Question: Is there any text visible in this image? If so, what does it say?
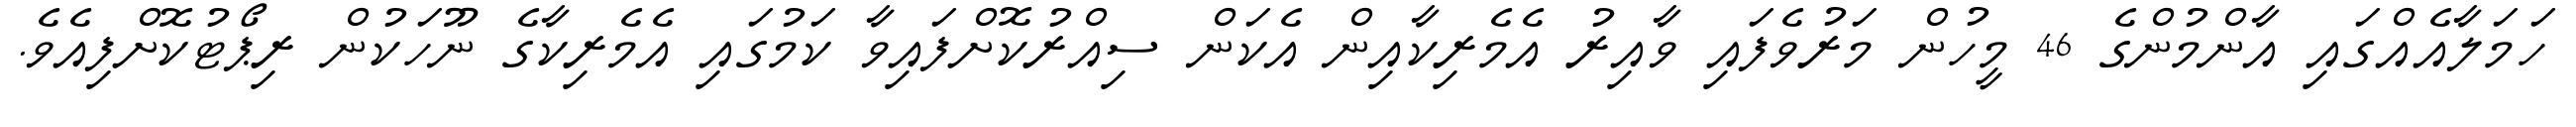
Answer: ހަމަލާއެއްގައި އާންމުންގެ 46 މީހުން މަރުވެފައި ވާއިރު އެމެރިކާއިން އެކަން ސިއްރުކޮށްފައިވާ ކަމުގައި އެމެރިކާގެ ނޫހަކުން ރިޕޯޓުކޮށްފިއެވެ.